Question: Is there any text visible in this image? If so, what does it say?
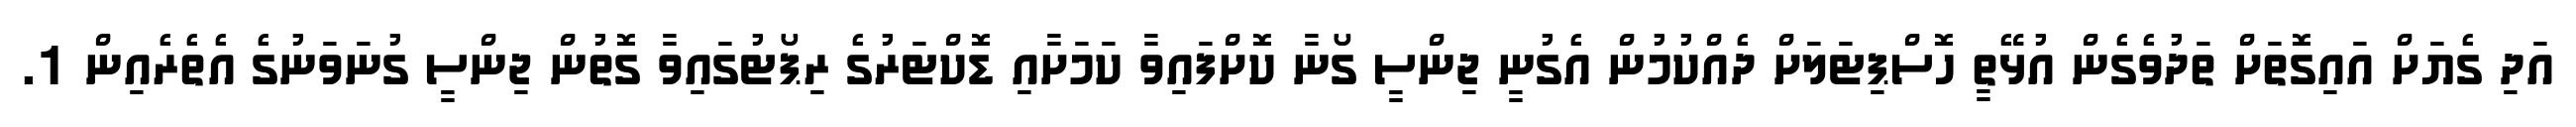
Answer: އަދި ގެޔަށް އައިގޮތަށް ތަދުވެގެން އުޅޭތީ ހޮސްޕިޓަލަށް ދެއްކުމުން އެގުނީ ޖިންސީ ގޯނާ ކޮށްފައިވާ ކަމަށާއި ޑޮކްޓަރުގެ ރިޕޯޓުގައިވާ ގޮތުން ޖިންސީ ގުނަވަނުގެ އެތެރެއިން 1.